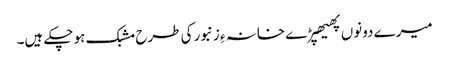
میرے دونوں پھیھپڑے خانہ ءِ زنبور کی طرح مشبک ہو چکے ہیں۔